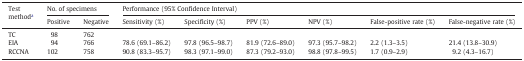
<table><thead><tr><td rowspan="2"><b>Test methoda</b></td><td colspan="2"><b>No. of specimens</b></td><td colspan="6"><b>Performance (95% Confidence Interval)</b></td></tr><tr><td><b>Positive</b></td><td><b>Negative</b></td><td><b>Sensitivity (%)</b></td><td><b>Specificity (%)</b></td><td><b>PPV (%)</b></td><td><b>NPV (%)</b></td><td><b>False-positive rate (%)</b></td><td><b>False-negative rate (%)</b></td></tr></thead><tbody><tr><td>TC</td><td>98</td><td>762</td><td></td><td></td><td></td><td></td><td></td><td></td></tr><tr><td>EIA</td><td>94</td><td>766</td><td>78.6 (69.1–86.2)</td><td>97.8 (96.5–98.7)</td><td>81.9 (72.6–89.0)</td><td>97.3 (95.7–98.2)</td><td>2.2 (1.3–3.5)</td><td>21.4 (13.8–30.9)</td></tr><tr><td>RCCNA</td><td>102</td><td>758</td><td>90.8 (83.3–95.7)</td><td>98.3 (97.1–99.0)</td><td>87.3 (79.2–93.0)</td><td>98.8 (97.8–99.5)</td><td>1.7 (0.9–2.9)</td><td>9.2 (4.3–16.7)</td></tr></tbody></table>